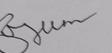
Signature authenticity: forged